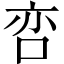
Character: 𱒢